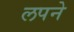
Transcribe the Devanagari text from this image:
लपने